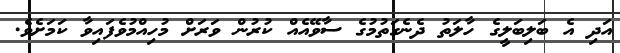
އަދި އެ ބަލިބަލީގެ ހާލަތު ދެނެގަތުމުގެ ސާވޭއެއް ކުރުން ވަރަށް މުހިއްމުވެފައިވާ ކަމަށެވެ.